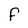
Character: F